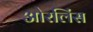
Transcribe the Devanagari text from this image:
ओरलिंस